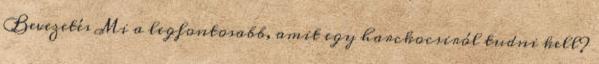
Bevezetés Mi a legfontosabb, amit egy harckocsiról tudni kell?